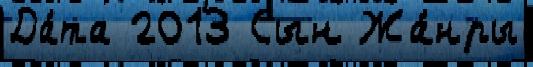
Да́та 2013 Сын Жа́нры